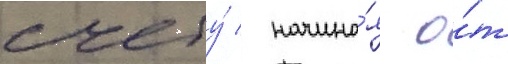
счету́ / начина́я о́т